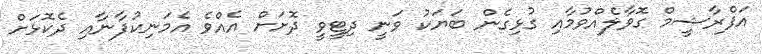
އަފްރާޝީމް ގޮވާލެއްވުމާއި ގުޅިގެން ބަޔަކު ވަނީ ދިޓީވީ ދޮށަށް އެއްވެ އެމަނިކުފާނާއި ދެކޮޅަށް